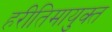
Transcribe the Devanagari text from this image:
हरीतिमायुक्‍त